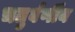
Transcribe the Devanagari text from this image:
चतुर्वर्णीय